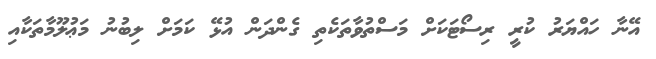
އޭނާ ހައްޔަރު ކުރީ ރިސޯޓަކަށް މަސްތުވާތަކެތި ގެންދަން އުޅޭ ކަމަށް ލިބުނު މަޢުލޫމާތަކާއި